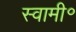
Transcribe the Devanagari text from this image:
स्वामी॰